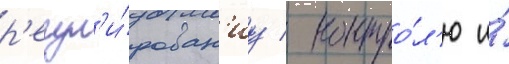
р'егул'и́рован'иу / контро́л'ю и́